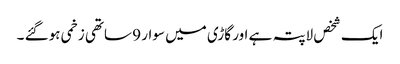
ایک شخص لاپتہ ہے اور گاڑی میں سوار 9 ساتھی زخمی ہوگئے ۔